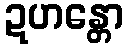
ဍဟန္တော